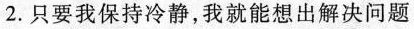
2.只要我保持冷静,我就能想出解决问题